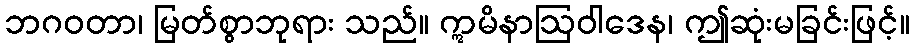
ဘဂဝတာ၊ မြတ်စွာဘုရား သည်။ ဣမိနာဩဝါဒေန၊ ဤဆုံးမခြင်းဖြင့်။